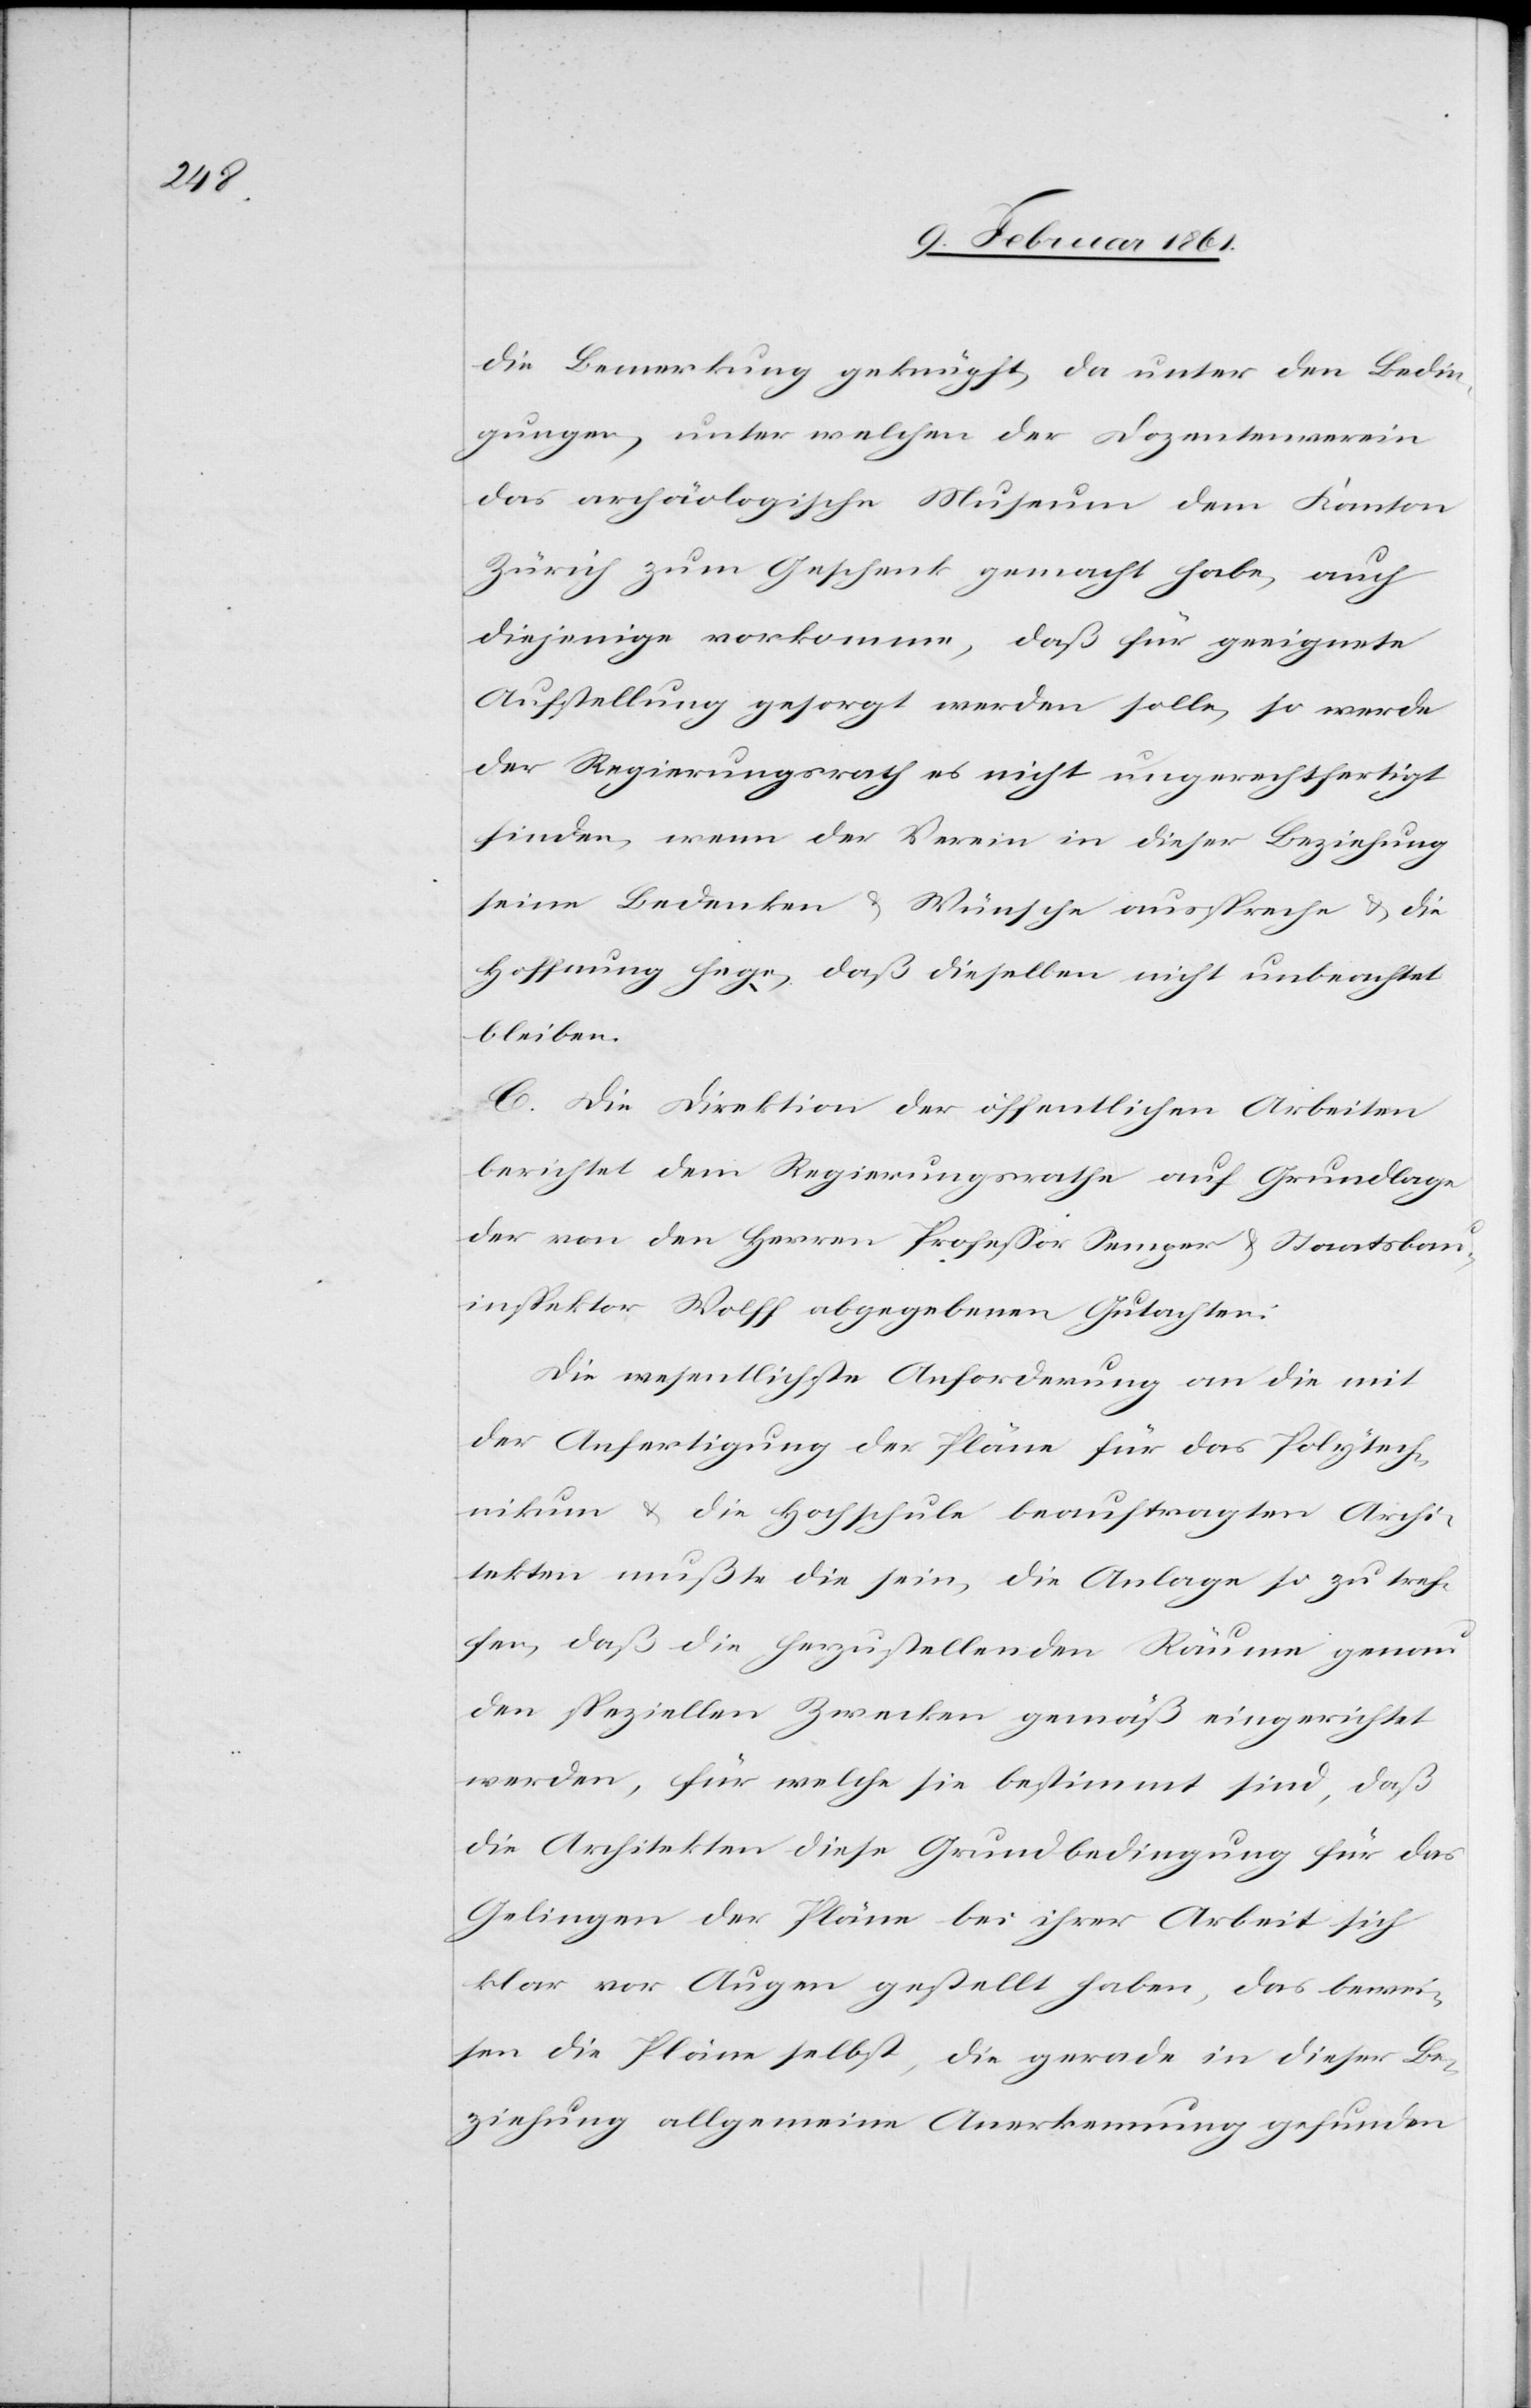
die Bemerkung geknüpft, da unter den Bedin¬
gungen, unter welchen der Dozentenverein
das archäologische Museum dem Kanton
Zürich zum Geschenk gemacht habe, auch
diejenige vorkomme, daß für geeignete
Aufstellung gesorgt werden solle, so werde
der Regierungsrath es nicht ungerechtfertigt
finden, wenn der Verein in dieser Beziehung
seine Bedenken u. Wünsche ausspreche u. die
Hoffnung hege, daß dieselben nicht unbeachtet
bleiben.
C. Die Direktion der öffentlichen Arbeiten
berichtet dem Regierungsrathe auf Grundlage
der von den Herren Professor Semper u. Staatsbau¬
inspektor Wolff abgegebenen Gutachten.
Die wesentlichste Anforderung an die mit
der Anfertigung der Pläne für das Polytech¬
nikum u. die Hochschule beauftragten Archi¬
tekten mußte die sein, die Anlage so zu tref¬
fen, daß die herzustellenden Räume genau
den speziellen Zwecken gemäß eingerichtet
werden, für welche sie bestimmt sind, daß
die Architekten diese Grundbedingung für das
Gelingen der Pläne bei ihrer Arbeit sich
klar vor Augen gestellt haben, das bewie¬
sen die Pläne selbst, die gerade in dieser Be¬
ziehung allgemeine Anerkennung gefunden